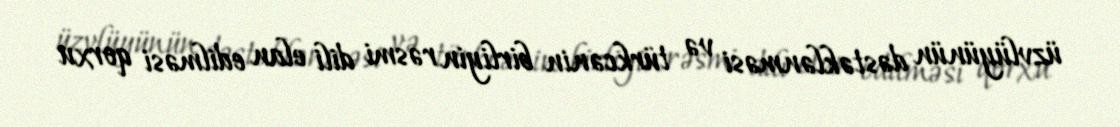
üzvlüyünün dəstəklənməsi və türkcənin birliyin rəsmi dili elan edilməsi qorxu